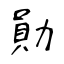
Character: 勛